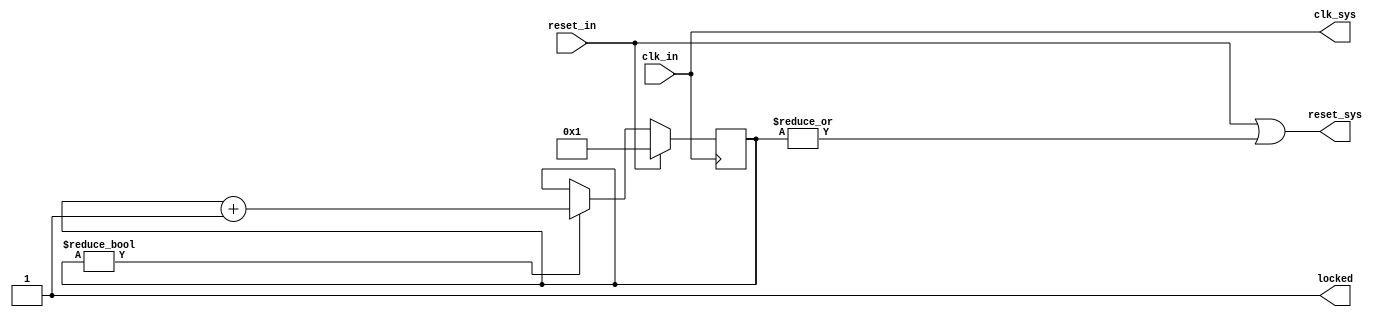
//////////////////////////////////////////////////////////////////////////////////
// Company: 
// Engineer: 
// 
// Design Name: 
// Module Name: system_controller
// Project Name: 
// Target Devices: 
// Tool Versions: 
// Description: 
// 
// Dependencies: 
// 
// Revision:
// Revision 0.01 - File Created
// Additional Comments:
// 
//////////////////////////////////////////////////////////////////////////////////

module system_controller(/*AUTOARG*/
   // Outputs
   clk_sys, reset_sys, locked,
   // Inputs
   clk_in, reset_in
   );
   input wire clk_in;
   output wire clk_sys;
   input  wire reset_in;
   output wire reset_sys;   
   output wire locked;
   
    
   //
   // Input buffer to make sure the XCLK signal is routed
   // onto the low skew clock lines
   //

`ifdef XILINX
   wire                         xclk_buf;
   IBUFG xclk_ibufg(.I(clk_in), .O(xclk_buf));
   wire                         locked;
`else
   assign locked = 1;
   
`endif
   

   reg [5:0]                    reset_count = 6'h0;
   assign reset_sys = reset_in | ~locked | (|reset_count);   
   
   always @(posedge clk_in)
     if (reset_in | ~locked) begin
        reset_count <= 6'h1;        
     end else begin
        if (reset_count) begin
           reset_count <= reset_count + 1;           
        end
     end
   
   //   
   // Clock buffer that ensures the clock going out to the hardware is on a low skew line
   //

`ifdef XILINX   
   BUFG clk_bug (
                 .O(clk_sys), // 1-bit output Clock buffer output
                 .I(CLKFBOUT) // 1-bit input Clock buffer input (S=0)
                 );

   clk_wiz_0 lab9_clocks
     (
      // Clock in ports
      .clk_in1(xclk_buf),      // input clk_in1
      // Clock out ports
      .clk_out1(CLKFBOUT),     // output clk_out1
      // Status and control signals
      .reset(reset_in), // input reset
      .locked(locked));      // output locked
`else // !`ifdef XILINX

   assign clk_sys = clk_in;   
   
`endif //  `ifdef XILINX
   
   
endmodule // system_controller